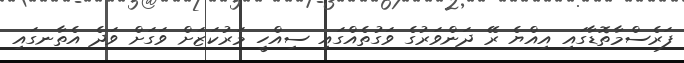
ފަރެސްމާތޮޑާގައި އިއްޔެ ރޭ ދަންވަރުގެ ވަގުތެއްގައި ސިއްހީ މަރުކަޒަށް ވަގަށް ވަދެ އެތާނގައި